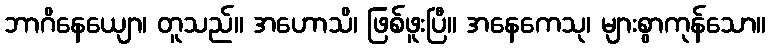
ဘာဂိနေယျော၊ တူသည်။ အဟောသိ၊ ဖြစ်ဖူးပြီ။ အနေကေသု၊ များစွာကုန်သော။